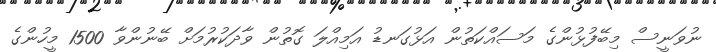
ނުވަނީސް މިބޭފުޅުންގެ މަސައްކަތުން އަޅުގަނޑު އަމިއްލަ ގޮތުން ވާދަކުރުމަށް ބޭނުންވާ 1500 މީހުންގެ